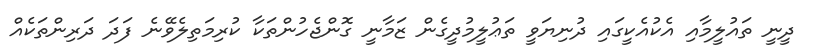
ދީނީ ތައުލީމާއި އެކުއެކީގައި ދުނިޔަވީ ތަޢުލީމުދީގެން ޒަމާނީ ގޮންޖެހުންތަކާ ކުރިމަތިލެވޭނެ ފަދަ ދަރިންތަކެއް